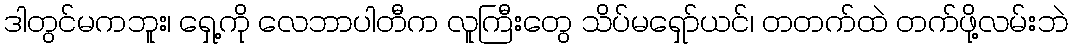
ဒါတွင်မကဘူး၊ ရှေ့ကို လေဘာပါတီက လူကြီးတွေ သိပ်မရှော်ယင်၊ တတက်ထဲ တက်ဖို့လမ်းဘဲ